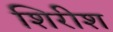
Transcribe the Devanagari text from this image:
शिरीश